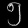
Digit: ၅